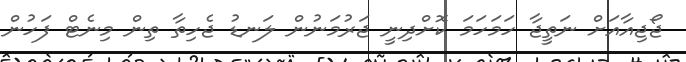
ޖޯޖިއާއަށް ނަތީޖާ ހަމަހަމަ ކޮށްދިނީ ޖަރުމަނުން ލަނޑު ޖެހިތާ ތިން މިނެޓް ފަހުން